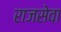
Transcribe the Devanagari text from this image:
राजसेवा